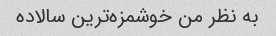
به نظر من خوشمزه‌ترین سالاده